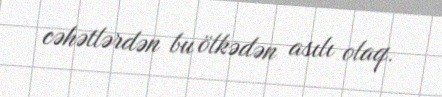
cəhətlərdən bu ölkədən asılı olaq.